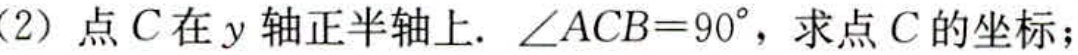
(2) 点 \(C\) 在 \(y\) 轴正半轴上. \(\angle ACB = 90^{\circ}\)，求点 \(C\) 的坐标；